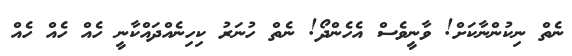
ނެތް ނިކުންނާކަށް! ވާނީވެސް އެހެންދޯ! ނެތް ހުނަރު ކިހިނެއްދައްކާނީ ހެއް ހެއް ހެއް